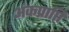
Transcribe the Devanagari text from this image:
अंकप्राप्ति